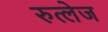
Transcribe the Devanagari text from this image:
रुत्लेज